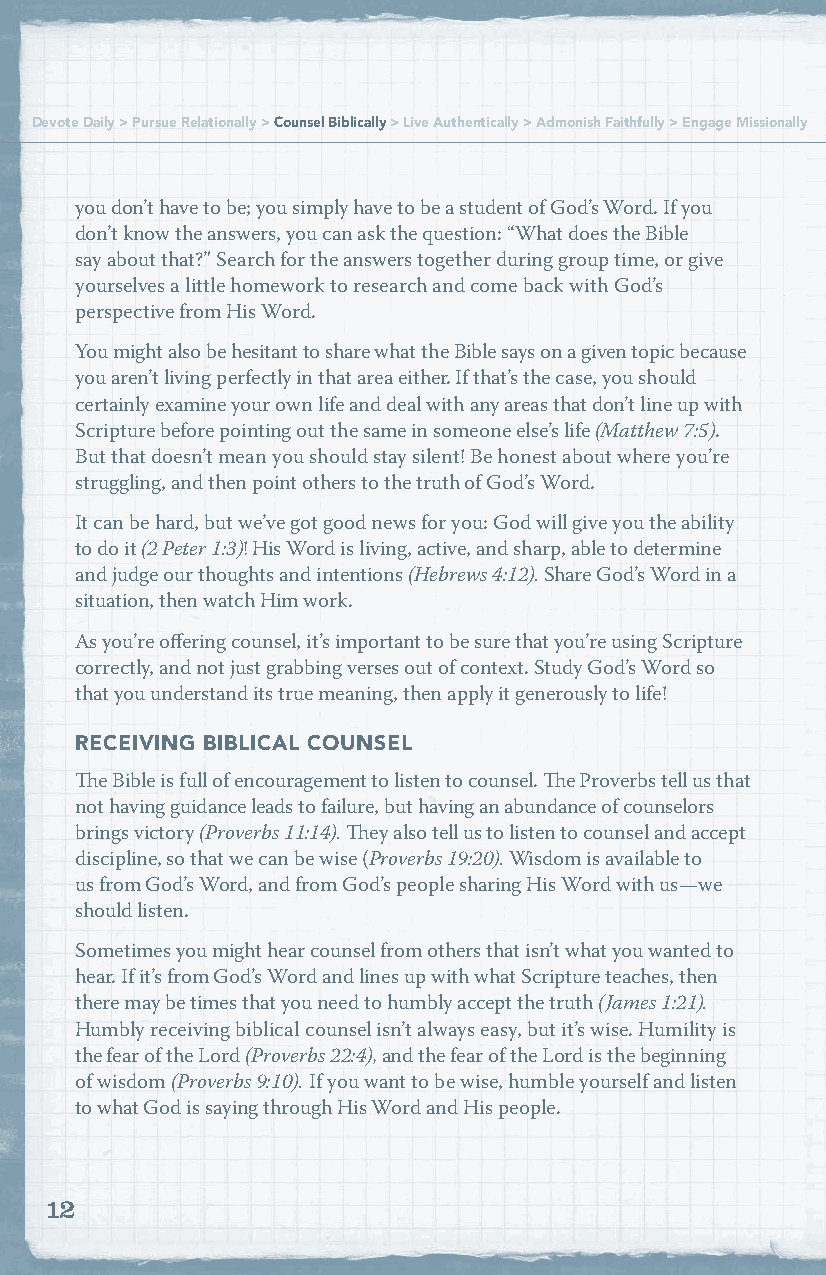
Devote Daily > Pursue Relationally > Counsel Biblically > Live Authentically > Admonish Faithfully > Engage Missionally
 you don’t have to be; you simply have to be a student of God’s Word. If you
 don’t know the answers, you can ask the question: “What does the Bible
 say about that?” Search for the answers together during group time, or give
 yourselves a little homework to research and come back with God’s
 perspective from His Word.
 You might also be hesitant to share what the Bible says on a given topic because
 you aren’t living perfectly in that area either. If that’s the case, you should
 certainly examine your own life and deal with any areas that don’t line up with
 Scripture before pointing out the same in someone else’s life (Matthew 7:5).
 But that doesn’t mean you should stay silent! Be honest about where you’re
 struggling, and then point others to the truth of God’s Word.
 It can be hard, but we’ve got good news for you: God will give you the ability
 to do it (2 Peter 1:3)! His Word is living, active, and sharp, able to determine
 and judge our thoughts and intentions (Hebrews 4:12). Share God’s Word in a
 situation, then watch Him work.
 As you’re offering counsel, it’s important to be sure that you’re using Scripture
 correctly, and not just grabbing verses out of context. Study God’s Word so
 that you understand its true meaning, then apply it generously to life!
 RECEIVING BIBLICAL COUNSEL
 The Bible is full of encouragement to listen to counsel. The Proverbs tell us that
 not having guidance leads to failure, but having an abundance of counselors
 brings victory (Proverbs 11:14). They also tell us to listen to counsel and accept
 discipline, so that we can be wise (Proverbs 19:20). Wisdom is available to
 us from God’s Word, and from God’s people sharing His Word with us—we
 should listen.
 Sometimes you might hear counsel from others that isn’t what you wanted to
 hear. If it’s from God’s Word and lines up with what Scripture teaches, then
 there may be times that you need to humbly accept the truth (James 1:21).
 Humbly receiving biblical counsel isn’t always easy, but it’s wise. Humility is
 the fear of the Lord (Proverbs 22:4), and the fear of the Lord is the beginning
 of wisdom (Proverbs 9:10). If you want to be wise, humble yourself and listen
 to what God is saying through His Word and His people.
 12